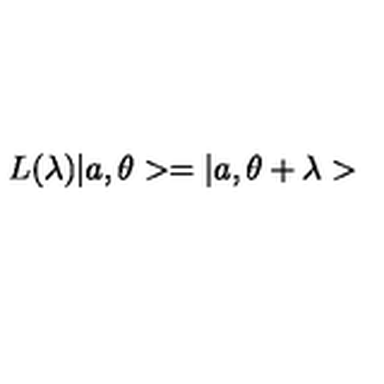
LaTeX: L ( \lambda ) | a , \theta > = | a , \theta + \lambda >